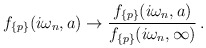
\begin{align*}f_{\{p\}}(i\omega_n,a) \to \frac{f_{\{p\}}(i\omega_n,a)}{f_{\{p\}}(i\omega_n,\infty )}\,{.}\end{align*}